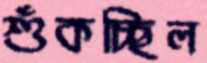
শুঁকচ্ছিল